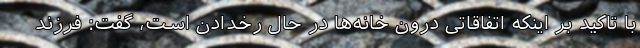
با تاکید بر اینکه اتفاقاتی درون خانه‌ها در حال رخدادن است، گفت: فرزند